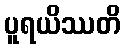
ပူရယိဿတိ